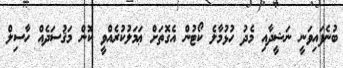
ބުނެފައިވަނީ ނަޝީދާއި މެދު ހުޅުމާލެ ކޯޓުން އެގޮތަށް ޢަމަލުކުރެއްވީ ކޮން މަޤުސަދެއް ހާސިލް